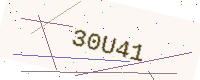
Text: 30U41